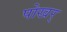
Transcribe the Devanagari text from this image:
पोखर्